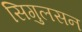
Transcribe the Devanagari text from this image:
सिगुलसन